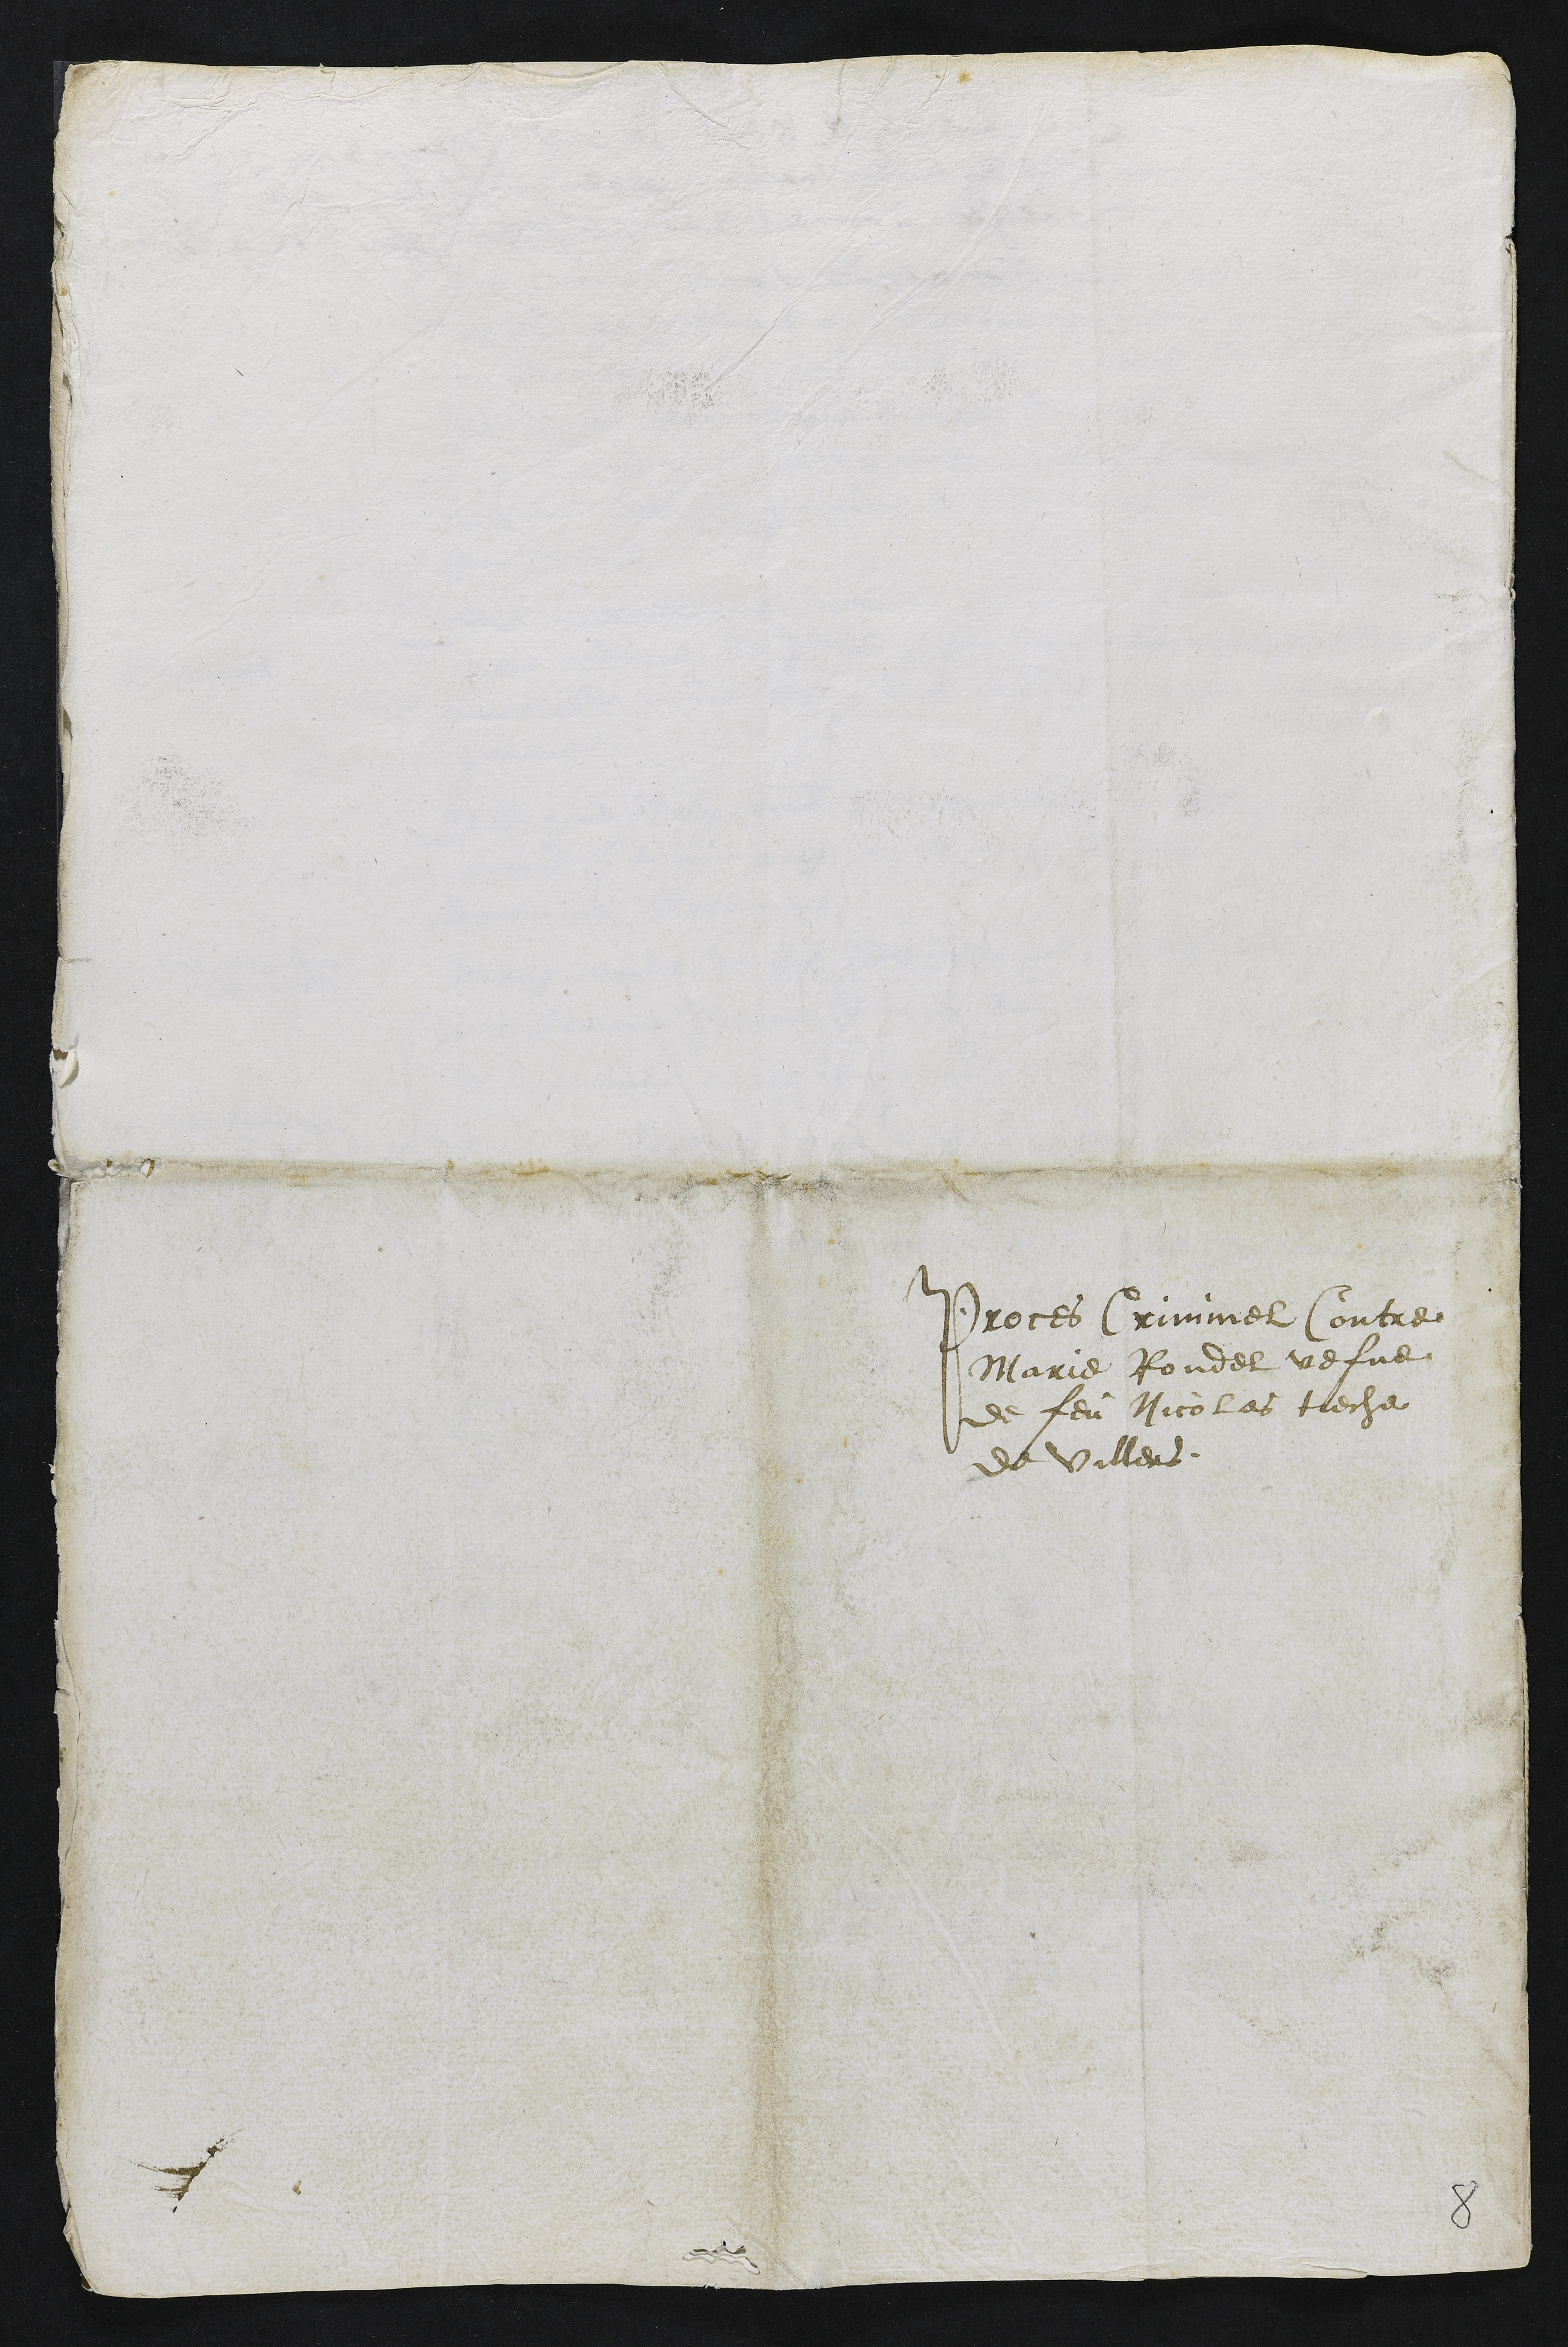
Proces Criminel Contre
Marie Rondel vefve
de feu Nicolas tieche
de Villers